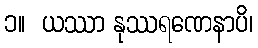
၁။  ယဿာ နုဿရဏေနာပိ၊